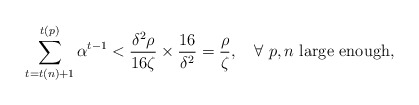
\begin{align*}\sum_{t=t(n)+1}^{t(p)}\alpha^{t-1}< \frac{\delta^2\rho}{16 \zeta}\times\frac{16}{\delta^2}=\frac{\rho}{\zeta},\ \ \mbox{ $\forall \ p,n$ large enough},\end{align*}